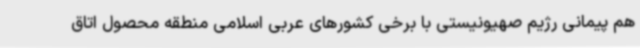
هم پیمانی رژیم صهیونیستی با برخی کشورهای عربی اسلامی منطقه محصول اتاق